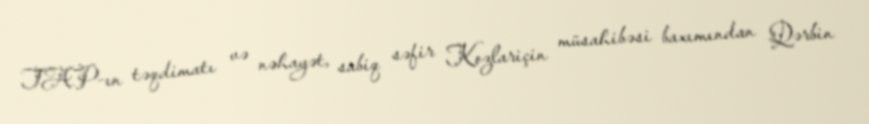
TAP-ın təqdimatı və nəhayət, sabiq səfir Kozlariçin müsahibəsi baxımından Qərbin